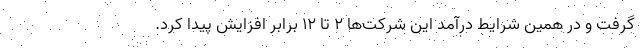
گرفت و در همین شرایط درآمد این شرکت‌ها ۲ تا ۱۲ برابر افزایش پیدا کرد.